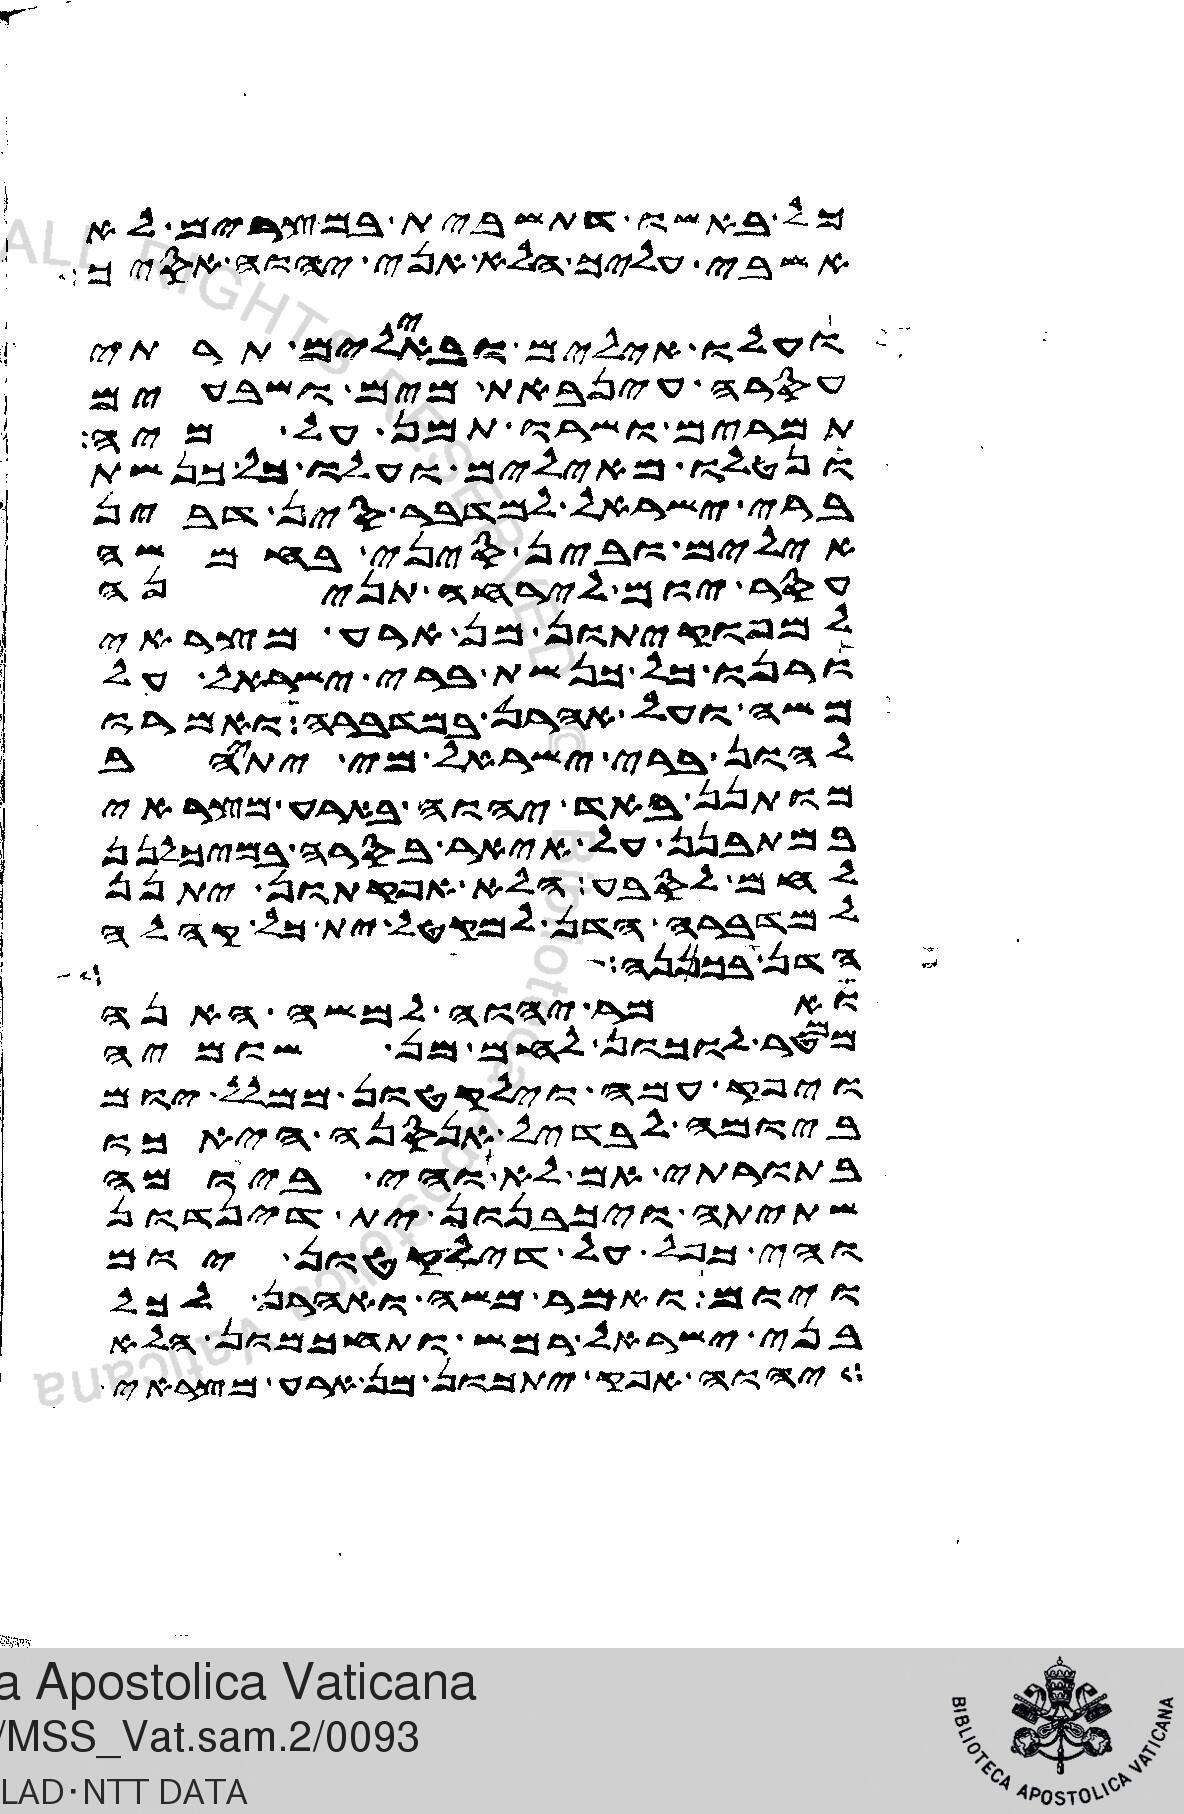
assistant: כל באשו דתשבית במצרים לא
אשבי עליך הלא אני יהוה אסיך
ועלו אילים ובאילים תרתי
עסר עינבאת מים ושבעים
תמרים ושרו תמן על מיה
ונטלו מאילים ועלו כל כנשת
ברי ישראל למדבר סין דבין
אילים ובין סיני בחמשה
עסר יום לירחה תנינה
למפוקיתון מן ארע מצראי
ורנו כל כנשת ברי ישראל על
משה ועל אהרן במדברה ואמרו
להון ברי ישראל מי יתיהב
מותנן באד יהוה בארע מצראי
במתבנן על איאר בסרה במיכלנן
לחם לסבע הלא אפקתון יתנן
למדברה הדן למקטל ית כל קהלה
הדן בכפנה
ואמר יהוה למשה האנה
ממטר לוכון לחם מן שומיה
ויפק עמה וילקטון ממלל יום
ביומה לבדיל אנסנה הא כו
בתורתי אם לא והי ביומה
שתיתה ויכבנון ית דינדון
והי כפל על דילקטון יום
ויום ואמר משה ואהרן לכל
בני ישראל רמש ותחכמון הלא
יהוה אפק יתכון מן ארע מצראי